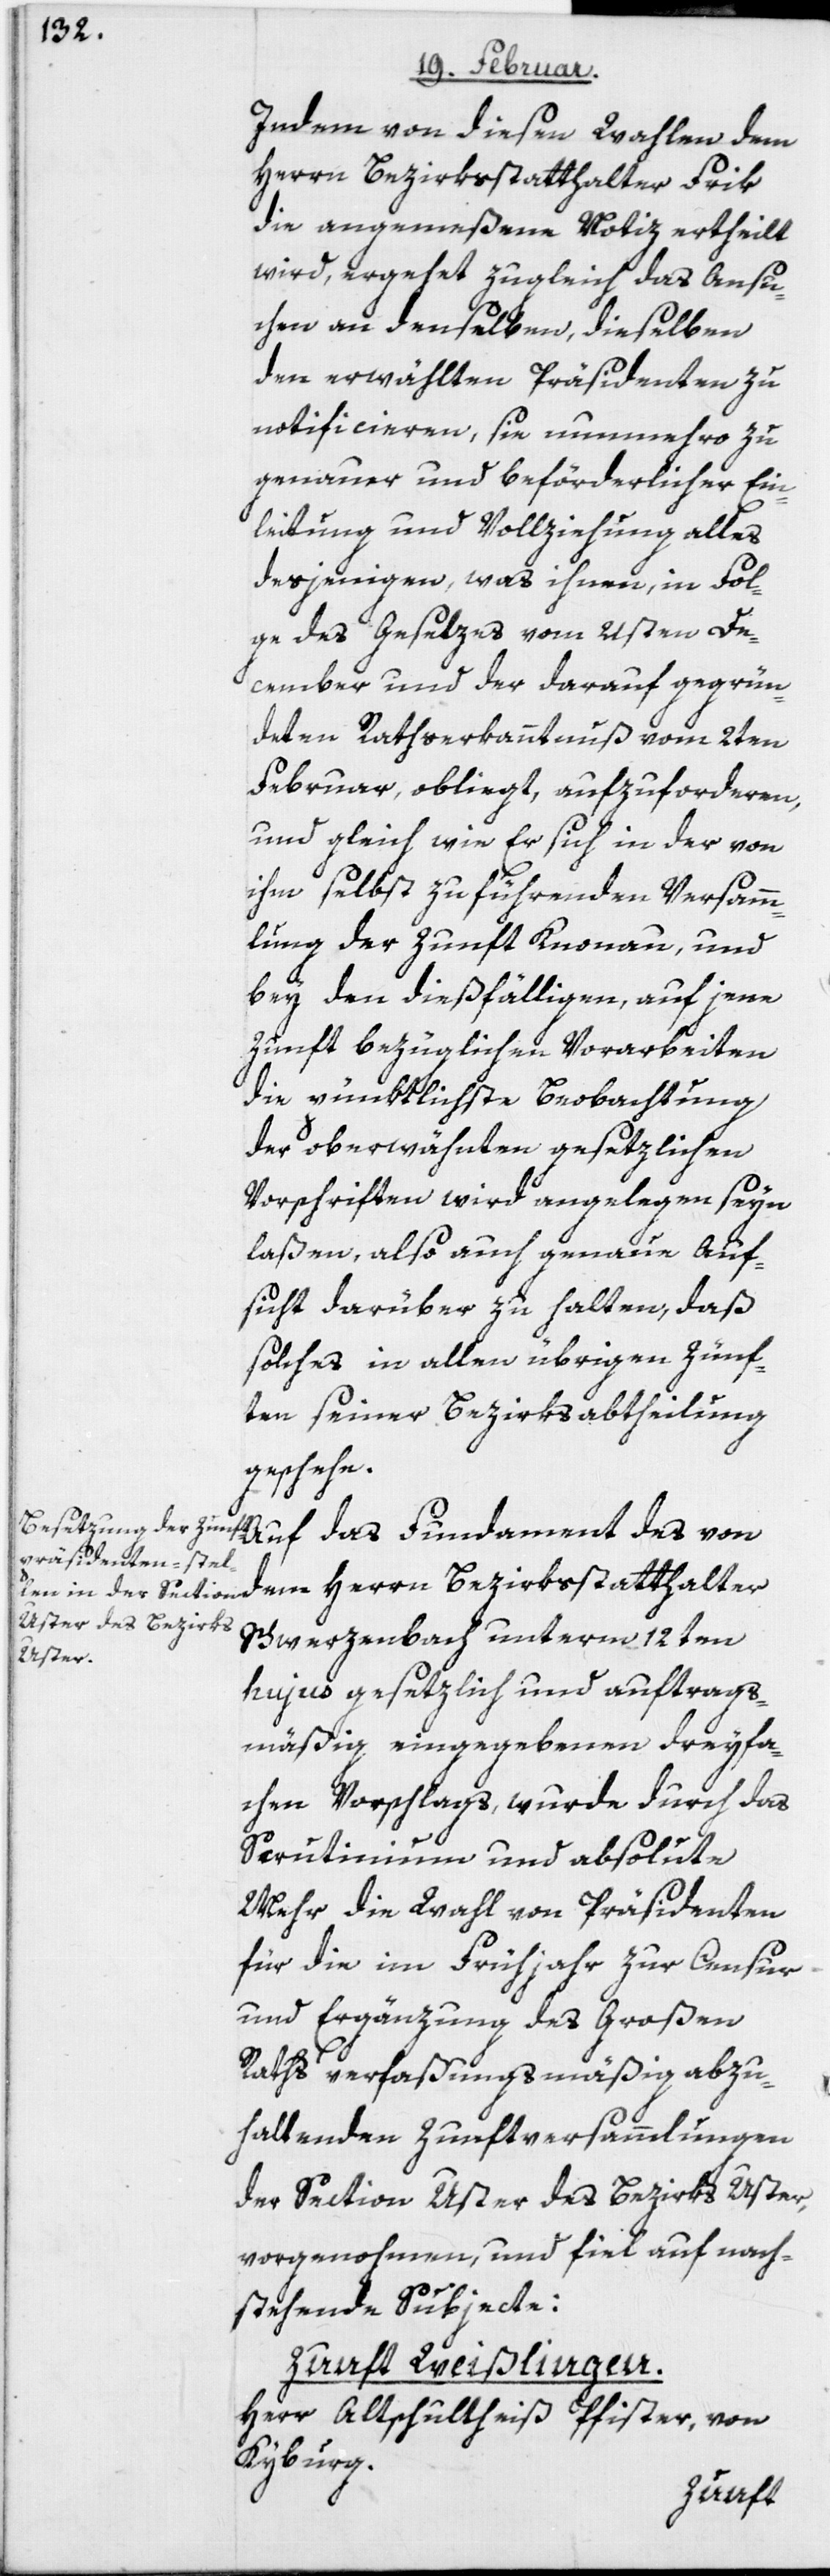
Indem von diesen Wahlen dem
Herrn Bezirksstatthalter Sch¬
die angemeßene Notiz ertheilt
wird, ergehet zugleich das Ansu¬
chen an denselben, dieselben
den erwählten Präsidenten zu
notificieren, sie nunmehro zu
genauer und beförderlicher Ein¬
leitung und Vollziehung alles
desjenigen, was ihnen, in Fol¬
ge des Gesetzes vom 21sten De¬
cember und der darauf gegrün¬
deten Rathserkanntnuß vom 2ten
Februar, obliegt, aufzuforderen,
und gleich wie Er sich in der von
ihm selbst zu führenden Versamm¬
lung der Zunft Knonau, und
bey den dießfälligen, auf jene
Zunft bezüglichen Vorarbeiten
die pünktlichste Beobachtung
der oberwähnten gesetzlichen
Vorschriften wird angelegen seyn
laßen, also auch genaue Auf¬
sicht darüber zu halten, daß
solches in allen übrigen Zünf¬
ten seiner Bezirksabtheilung
geschehe.
Auf das Fundament des von
werzenbach unterm 12ten
hujus gesetzlich und auftrags¬
mäßig eingegebenen dreyfa¬
chen Vorschlags, wurde durch das
Scrutinium und absolute
Mehr die Wahl von Präsidenten
für die im Frühjahr zur Censur
und Ergänzung des Großen
Raths verfaßungsmäßig abzu¬
haltenden Zunftversammlungen
der Section Uster des Bezirks Uster,
vorgenohmen und fiel auf nach¬
stehende Subjecte:
Zunft Weißlingen.
Herr Altschultheiß Pfister, von
Kyburg.